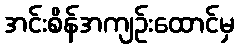
အင်းစိန်အကျဉ်းထောင်မှ